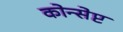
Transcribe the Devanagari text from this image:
कोन्सेप्ट